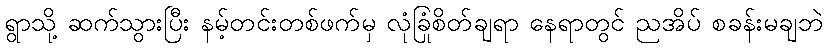
ရွာသို့ ဆက်သွားပြီး နမ့်တင်းတစ်ဖက်မှ လုံခြုံစိတ်ချရာ နေရာတွင် ညအိပ် စခန်းမချဘဲ